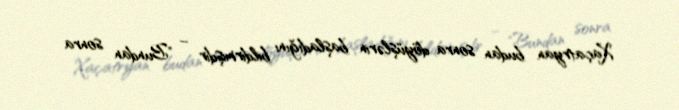
Xaçatryan budan sonra döyüşlərin başladığını bildirmişdir – "Bundan sonra